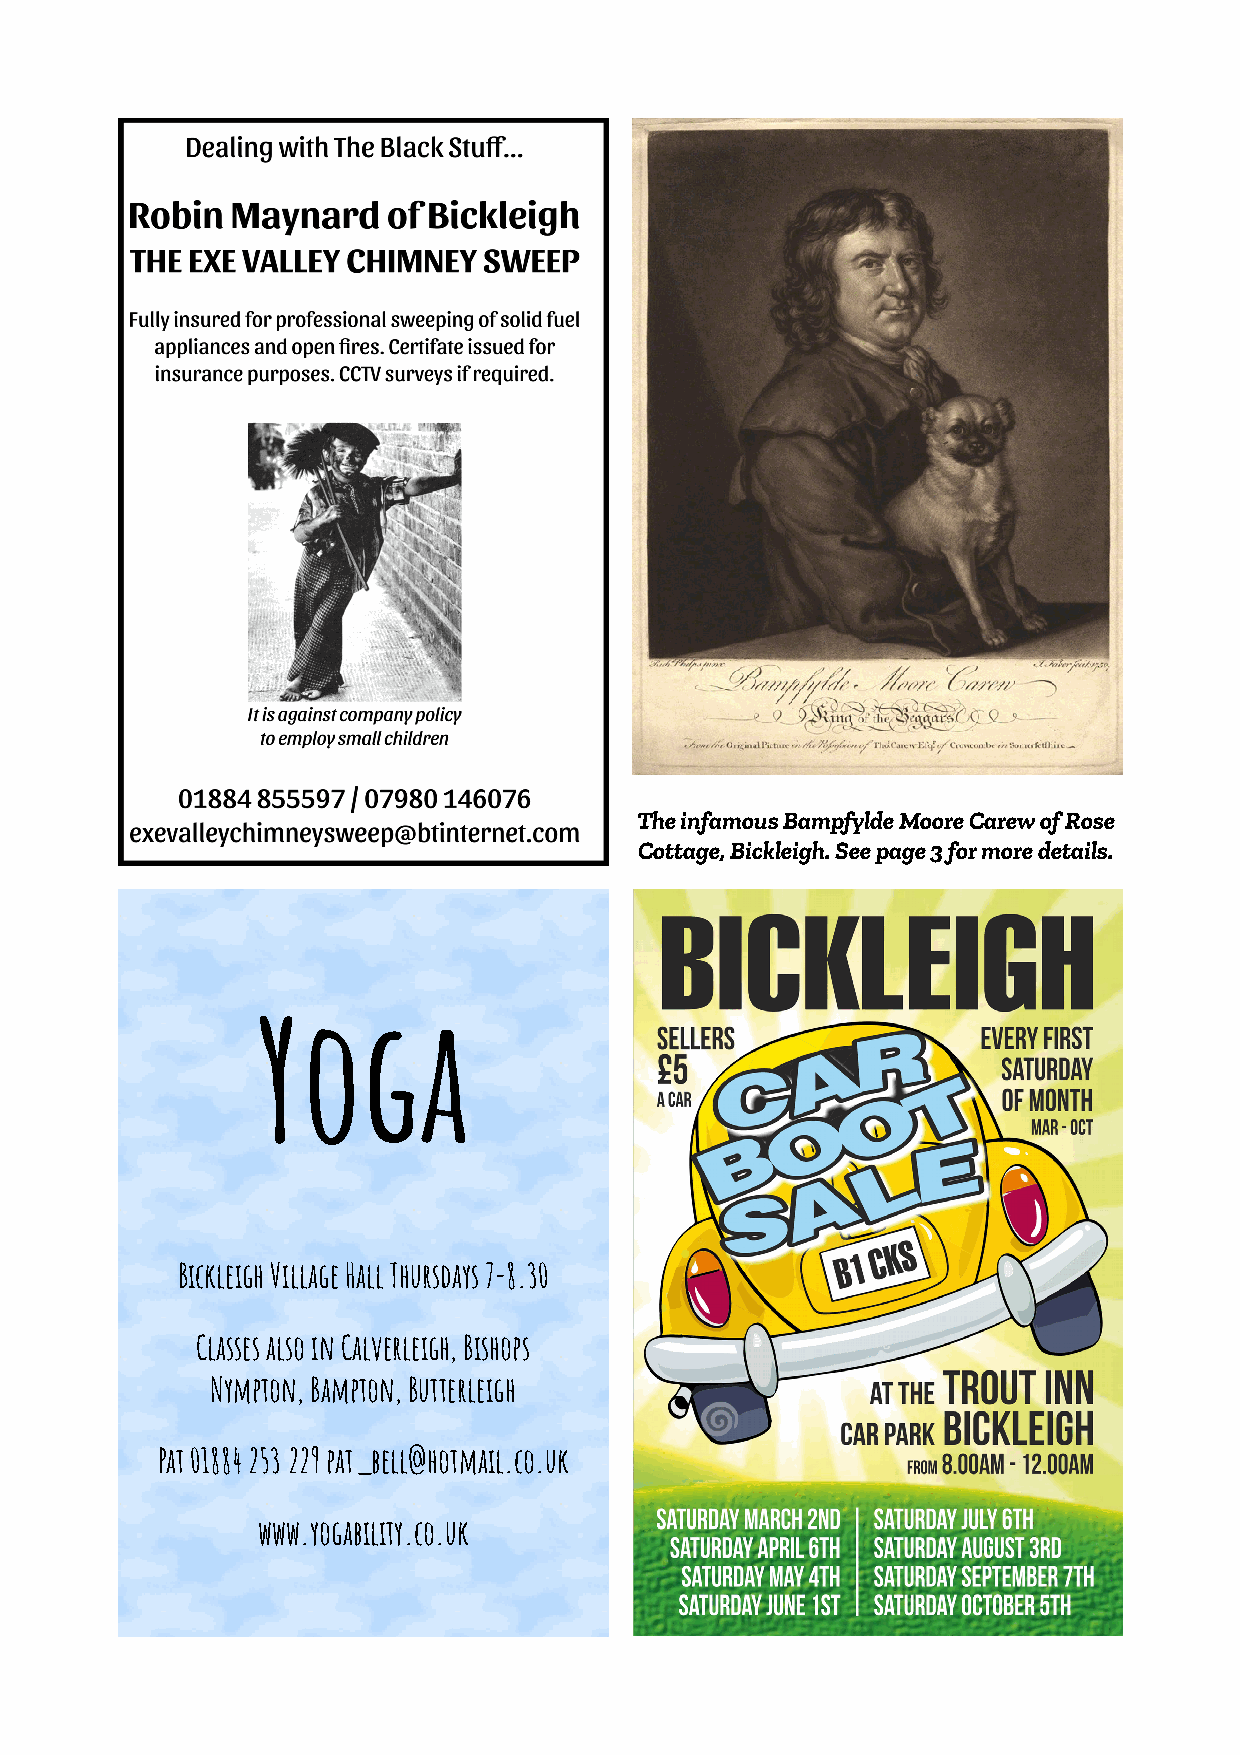
The infamous Bampfylde Moore Carew of Rose
 Cottage, Bickleigh. See page 3 for more details.
 Pews       News
 Yoga
 Bickleigh Village Hall Thursdays 7-8.30
 Classes also in Calverleigh, Bishops
 Nympton, Bampton, Butterleigh
 Pat 01884 253 229 pat_bell@hotmail.co.uk
 www.yogability.co.uk